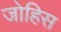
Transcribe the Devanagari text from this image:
जोहिस